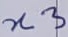
Text: n3